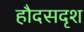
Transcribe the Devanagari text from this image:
हौदसदृश